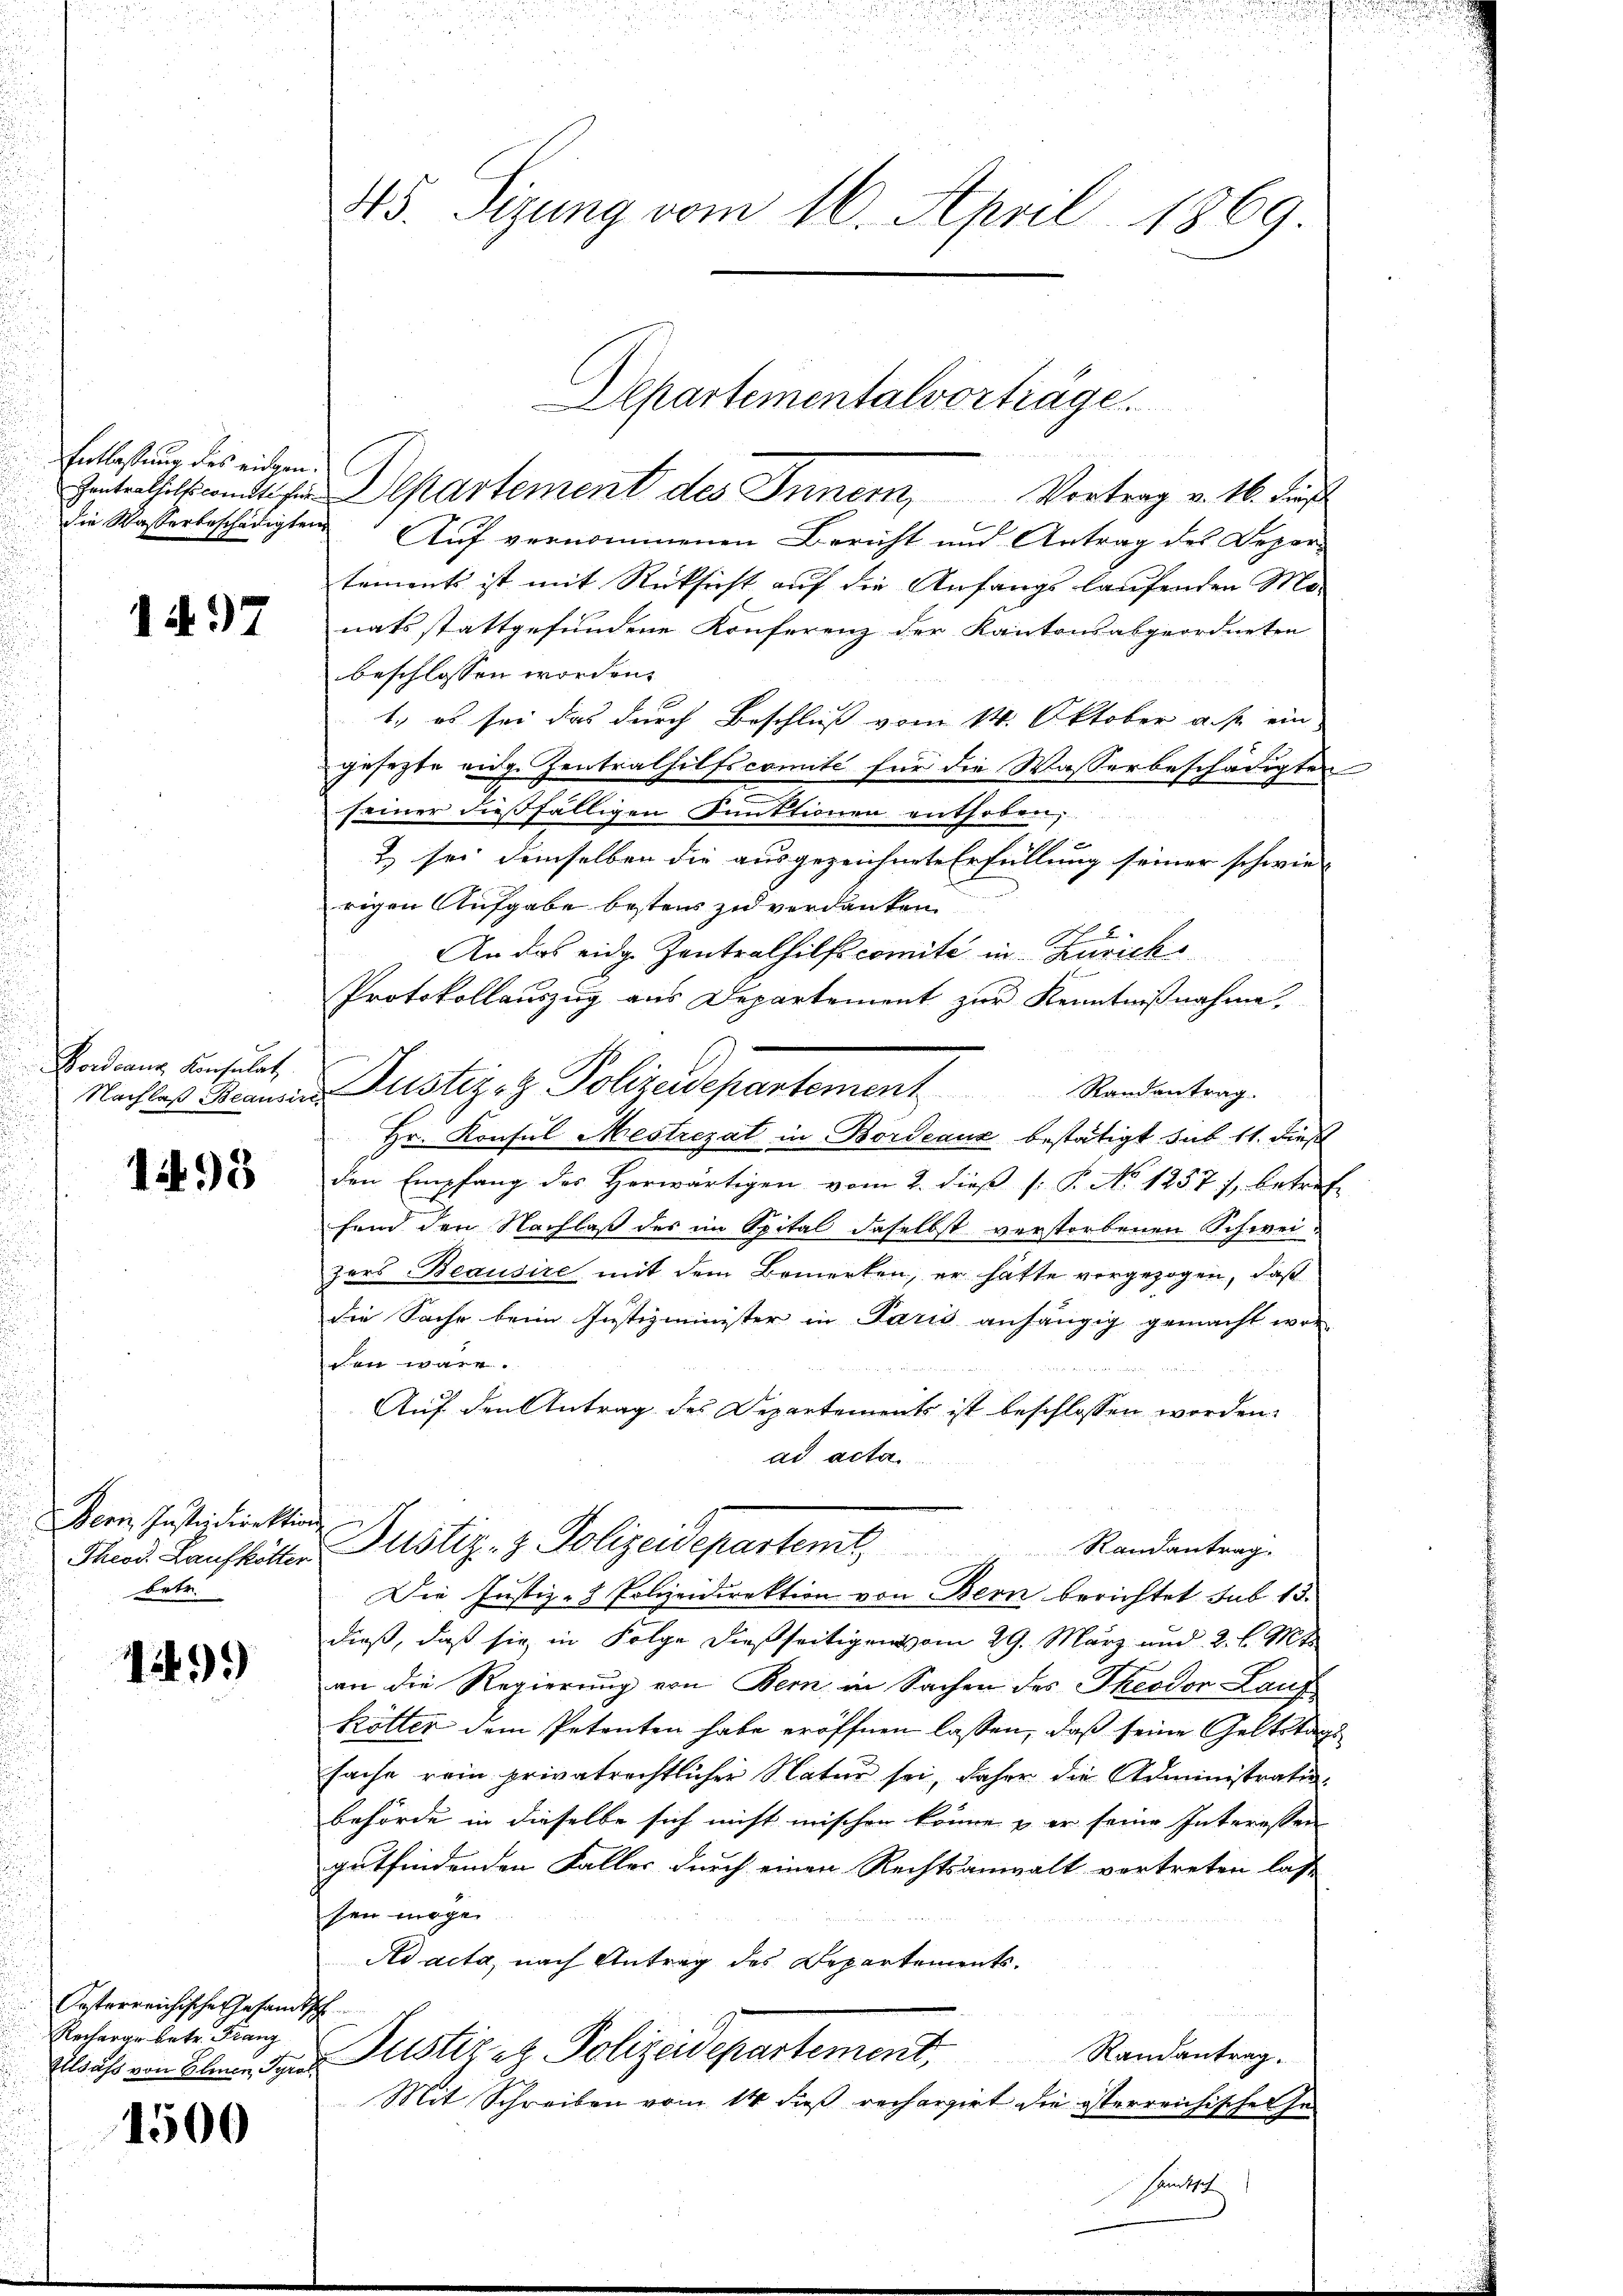
Entlassung des eidgen.

1497

Vordrang Konsulat

1495

Bern Instizdirektion
betr.

1499)

Kosterreichische Gesandtsch
Recharge betr. Franz
Elsass von Elmer, Syral

1500

45. Sizung vom 16. April 1869

die Wasserbeschädigten Auf vernommenen Bericht und Antrag des Deper-
tements ist mit Rücksicht auf die Anfangs laufenden Monats stattgefundene Konferenz der Kantonsabgeordneten
beschlossen worden.
1., es sei das durch Beschluß vom 14. Oktober a. p. ein-
gesezte eidg. Zentrathilfscomite für die Wasserbeschädigten
seiner dießfälligen Punktionen enthoben,
& sei demselben die ausgezeichnete Erfüllung seiner schwie-
rigen Aufgabe bestens zu verdanken
An das eidg. Zentralhilfscomite in Zürich
Protokollauszug aus Departement zur Kenntnißnahme.
Nachtes Mannen Justizoz Polizeidepartement Standentrag.
Hr. Konsul Mestrezat in Bordeaux bestätigt sub 11. dieß
den Empfang des Herwärtigen vom 2. dieß (: P. No 1257), betref
fand den Nachlaß des im Spital daselbst verstorbenen Schweizers Beausire mit dem Bemerken, er hätte vorgezogen, daß
die Sache beim Justizminister in Paris anhängig gemacht wor-
cen wäre.
Auf den Antrag des Departements ist beschlossen worden.
ad acta
Mad. Kaufhalter Justiz- & Polizeidepartemt, Standantrage
Die Justiz- & Polizeidirektion von Bern berichtet sub 15.
dieß, daß sie in Folge dießseitigen vom 29. März und 2. l. 91 f
an die Regierung von Bern in Sachen des Theodor Lauf
Rötter dem Petenten habe eröffnen lassen, daß seine Geltstag
sache rein privatrechtlicher Natur sei, daher die Administratio
behörde in dieselbe sich nicht mischen könne u. er seine Interessen
gutfindenden Faller durch einen Rechtsanwalt vortreten lass
sen möge.
 d M
Ad acta, nach Antrag des Departements¬
Justiz etz. Polizeidepartement. Randantrag.
Mit Schreiben vom 14 dieß rechargirt die österreichischen Ge¬
Hant

Departementalvorträge.
Gantenthalswandten Departement des Innern, Vortrag v. 16. Fenst